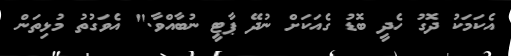
އެކަމަކު ދޮގު ހެދީ ބޮޑު ގެއަކަށް ނުދޭ ޕާޓީ ނުބާއްވާ." އެވަގުތު މުޅިތަން